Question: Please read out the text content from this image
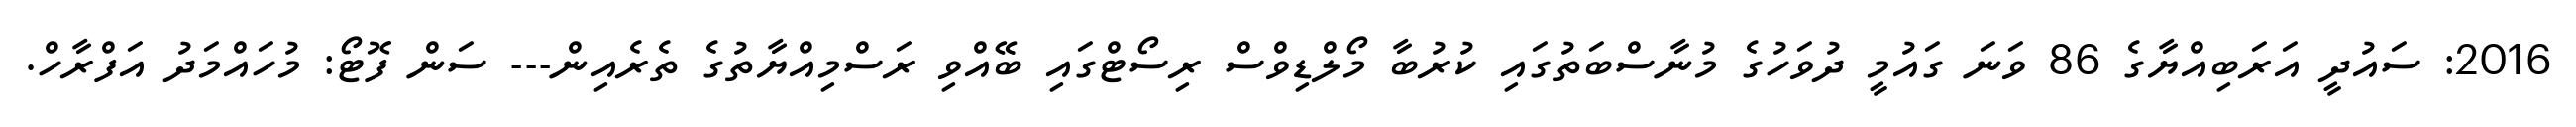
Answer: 2016: ސައުދީ އަރަބިއްޔާގެ 86 ވަނަ ގައުމީ ދުވަހުގެ މުނާސްބަތުގައި ކުރުބާ މޯލްޑިވްސް ރިސޯޓްގައި ބޭއްވި ރަސްމިއްޔާތުގެ ތެރެއިން--- ސަން ފޮޓޯ: މުހައްމަދު އަފްރާހް.